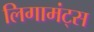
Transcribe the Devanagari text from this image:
लिगामंट्स